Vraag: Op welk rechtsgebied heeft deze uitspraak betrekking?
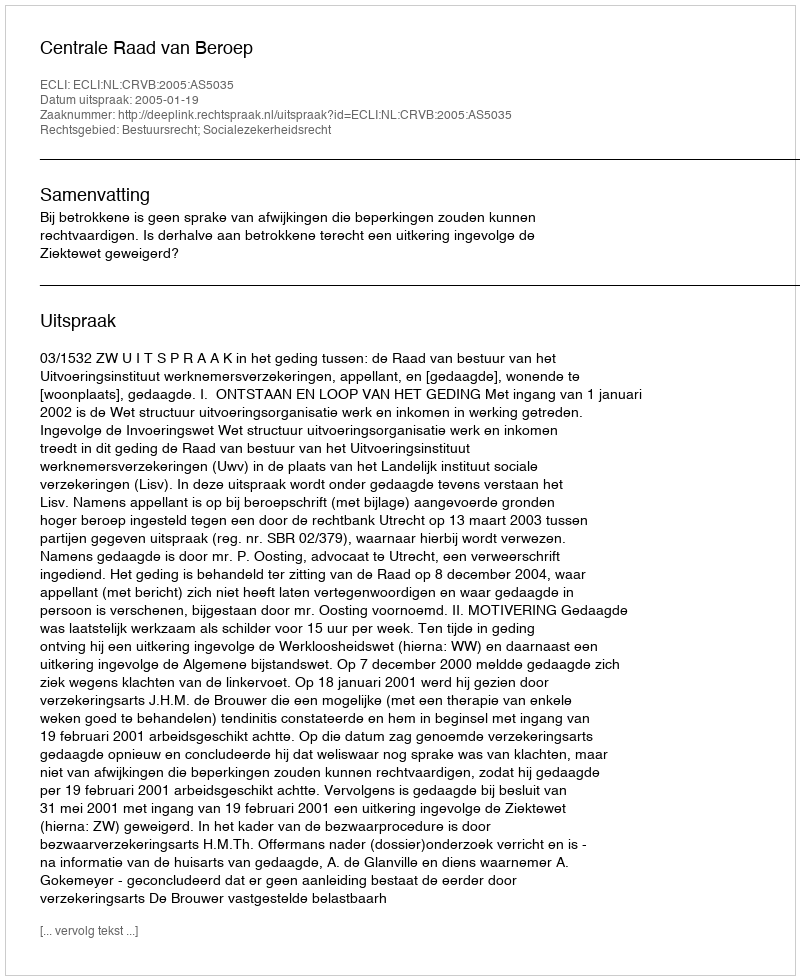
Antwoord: Bestuursrecht; Socialezekerheidsrecht